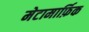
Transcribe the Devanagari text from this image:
मेटामार्फ़िक